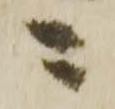
ニ